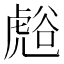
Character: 𮓧